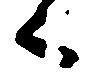
々